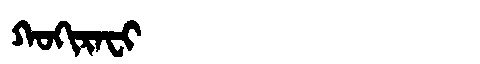
Manchu: ᡴᠣᡴᡳᡵᠠᠸᡳ
Romanization: KOKIRAFI